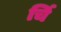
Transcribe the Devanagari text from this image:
र्चि